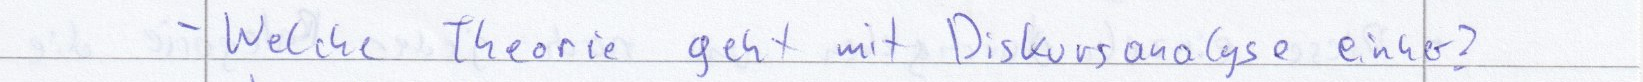
- Welche Theorie geht mit Diskursanalyse einher?